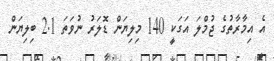
އެ އިމާރާތުގެ ޖުމްލަ އަގަކީ 140 މިލިޔަން ޑޮލަރު ނުވަތަ 2.1 ބިލިޔަން